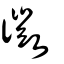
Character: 徽